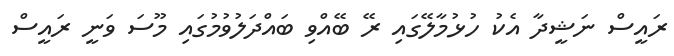
ރައީސް ނަޝީދާ އެކު ހުޅުމާލޭގައި ރޭ ބޭއްވި ބައްދަލުވުމުގައި މޫސަ ވަނީ ރައީސް